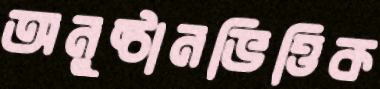
অনুষ্ঠানভিত্তিক